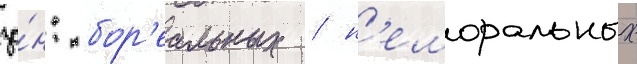
зо́н: бор'еальных / н'еморальных